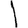
Digit: 1